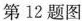
第12题图